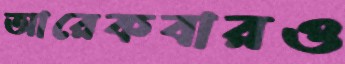
আরেকবারও